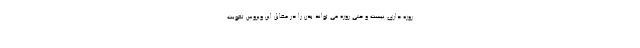
روزه داری نیست و حتی روزه می تواند بدن را در مقابل این ویروس تقویت